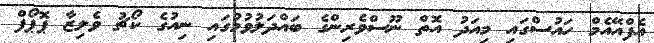
އެފްއޭއެމް ހައުސްގައި މިއަދު އޮތް ނޫސްވެރިންގެ ބައްދަލުވުމުގައި ނިއުގެ ކޯޗު ވެލިޒާ ޕޮޕޯފް